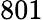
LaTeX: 801